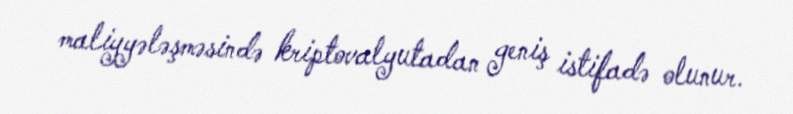
maliyyələşməsində kriptovalyutadan geniş istifadə olunur.